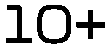
10+